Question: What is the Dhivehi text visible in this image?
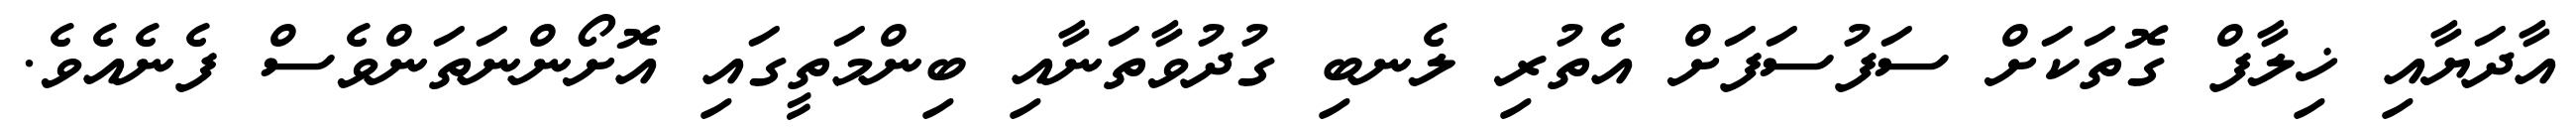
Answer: އާދަޔާއި ޚިލާފް ގޮތަކަށް ސަފުސަފަށް އެތުރި ލެނބި ގުދުވާތަނާއި ބިންމަތީގައި އޮށޯންނަތަންވެސް ފެނެއެވެ.